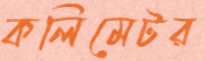
কলিমেটর